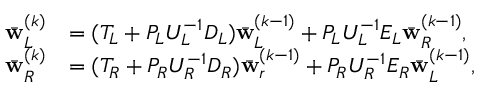
\begin{array} { r l } { \bar { \mathbf { w } } _ { L } ^ { ( k ) } } & { = ( T _ { L } + P _ { L } U _ { L } ^ { - 1 } D _ { L } ) \bar { \mathbf { w } } _ { L } ^ { ( k - 1 ) } + P _ { L } U _ { L } ^ { - 1 } E _ { L } \bar { \mathbf { w } } _ { R } ^ { ( k - 1 ) } , } \\ { \bar { \mathbf { w } } _ { R } ^ { ( k ) } } & { = ( T _ { R } + P _ { R } U _ { R } ^ { - 1 } D _ { R } ) \bar { \mathbf { w } } _ { r } ^ { ( k - 1 ) } + P _ { R } U _ { R } ^ { - 1 } E _ { R } \bar { \mathbf { w } } _ { L } ^ { ( k - 1 ) } , } \end{array}